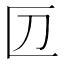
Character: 𠥭